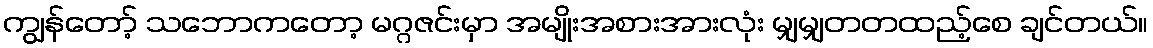
ကျွန်တော့် သဘောကတော့ မဂ္ဂဇင်းမှာ အမျိုးအစားအားလုံး မျှမျှတတထည့်စေ ချင်တယ်။